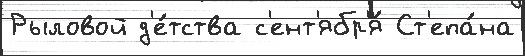
Рыловой д'е́тства с'ент'ябр'я́ Ст'епа́на